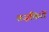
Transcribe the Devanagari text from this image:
तज़किरों